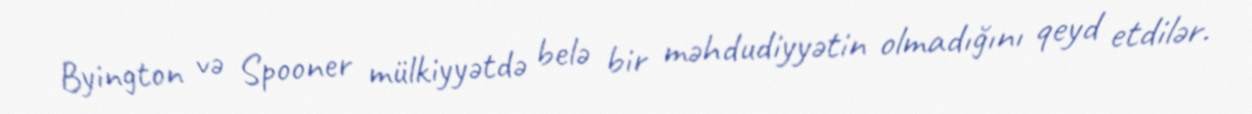
Byington və Spooner mülkiyyətdə belə bir məhdudiyyətin olmadığını qeyd etdilər.